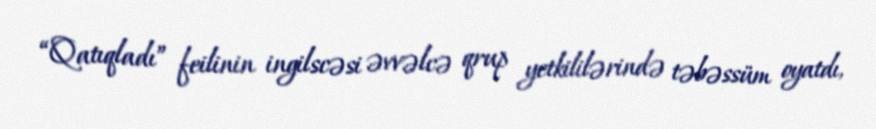
“Qatıqladı” feilinin ingilscəsi əvvəlcə qrup yetkililərində təbəssüm oyatdı,